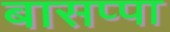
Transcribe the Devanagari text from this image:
बासप्पा